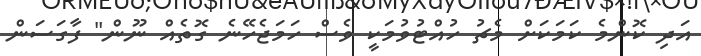
އަދި ކޮންމެ ކަމަކަށް މެޗު ހުއްޓުވުމަކީ ވެސް ހަމަޖެހޭނެ ގޮތެއް ނޫން" ފާގަސަން